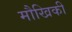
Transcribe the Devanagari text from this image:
मौखिकी